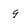
Character: 9